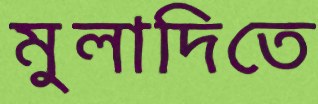
মুলাদিতে